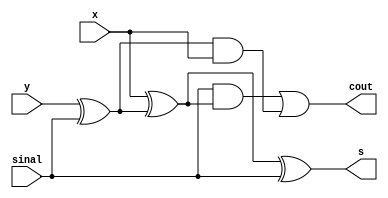
// -------------------------
// Exemplo0032 - CIRCUITOS GUIA 05
// Nome: Rodolfo Herman
// -------------------------
// -------------------------


/**
* Criar somador/Subtrator, recebendo o sinal
*/
module somsub ( output s, output cout, input x, input y, input sinal );
//criar fio
wire [3:0] saida;
//criar circuito
xor teste1 ( saida[0], y       , sinal    );
xor teste2 ( saida[1], x       , saida[0] );
xor teste3 ( s       , saida[1], sinal    );
and teste4 ( saida[2], sinal   , saida[1] );
and teste5 ( saida[3], saida[0], x        );
or  teste6 ( cout    , saida[2], saida[3] );
//terminar modulo
endmodule

/**
*recebe carry in + sinal
*/
module somsub1 ( output s, output cout, input x, input y, input sinal, input carry );
//criar fio
wire [3:0] saida;
//criar circuito
xor teste7  ( saida[0], y       , sinal    );
xor teste8  ( saida[1], x       , saida[0] );
xor teste9  ( s       , saida[1], carry    );
and teste10 ( saida[2], carry   , saida[1] );
and teste11 ( saida[3], saida[0], x        );
or  teste12 ( cout    , saida[2], saida[3] );
//terminar modulo
endmodule

//criar circuito
module circuito;
//criar regsitradores
reg [2:0] x;
reg [2:0] y;
reg sinal;
//criar fio
wire [7:0] s;
//criar circuito
somsub  teste13 ( s[0], s[1] , x[0], y[0], sinal       );
somsub1 teste14 ( s[2], s[3] , x[1], y[1], sinal, s[1] );
somsub1 teste15 ( s[4], s[5] , x[2], y[2], sinal, s[3] );
xor     teste16 ( s[6], sinal, s[5]                    );
nor     teste17 ( s[7], s[6 ], s[4], s[2], s[0]        );
//atribuir valor inicial
initial begin
x = 3'b000;
y = 3'b000;
sinal = 0;
//terminar initial
end

//parte principal
initial begin
//identificaao
$display ( "Exemplo 0032" );
$display ( "Autor: Rodolfo Herman - 451612" );
$display ( "\n Somador/Subtrator/Zero = 1 \n" );
#2 $display ( "%3b + %3b = %b%b%b%b \tzero = %b", x, y, s[6], s[4], s[2], s[0], s[7] );
//mudar valor
x = 3'b010;
y = 3'b011;
sinal = 0;
#2 $display ( "%3b + %3b = %b%b%b%b \tzero = %b", x, y, s[6], s[4], s[2], s[0], s[7] );
//mudar valor
x = 3'b101;
y = 3'b001;
sinal = 0;
#2 $display ( "%3b + %3b = %b%b%b%b \tzero = %b", x, y, s[6], s[4], s[2], s[0], s[7] );
//mudar valor
x = 3'b110;
y = 3'b010;
sinal = 1;
#2 $display ( "%3b -  %3b = %b%b%b%b \tzero = %b", x, y, s[6], s[4], s[2], s[0], s[7] );
//mudar valor
x = 3'b101;
y = 3'b100;
sinal = 1;
#2 $display ( "%3b -  %3b = %b%b%b%b \tzero = %b", x, y, s[6], s[4], s[2], s[0], s[7] );
//mudar valor
x = 3'b101;
y = 3'b101;
sinal = 1;
#2 $display ( "%3b -  %3b = %b%b%b%b \tzero = %b", x, y, s[6], s[4], s[2], s[0], s[7] );
//terminar initial
end
//terminar
endmodule